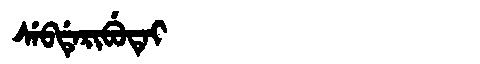
Manchu: ᠰᡝᠪᡩᡝᡵᡳᠪᡠᡨᡝᡳ
Romanization: SEBDERIBUTEI